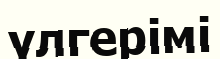
үлгерімі